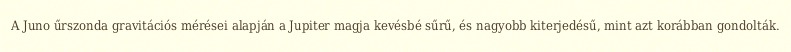
A Juno űrszonda gravitációs mérései alapján a Jupiter magja kevésbé sűrű, és nagyobb kiterjedésű, mint azt korábban gondolták.